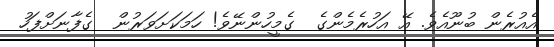
އެއުރެން ބުނޫއެވެ. އޭ އަހުރެމެންގެ  ގެމީހުންނޭވެ! ހަމަކަށަވަރުން  ގެފާނަށްފަހު